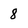
Character: 8